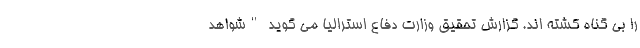
را بی گناه کشته اند. گزارش تحقیق وزارت دفاع استرالیا می گوید "شواهد